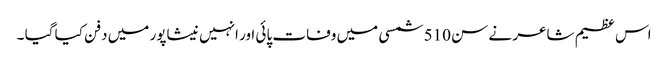
اس عظیم شاعر نے سن 510 شمسی میں وفات پائی اور انہیں نیشاپور میں دفن کیا گیا ۔